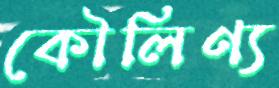
কৌলিণ্য